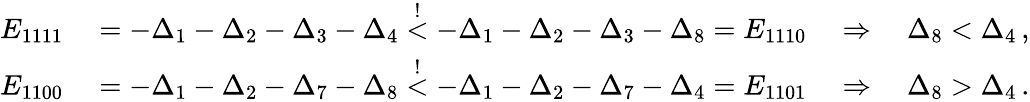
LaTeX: \begin{array}{rl}{E_{1111}}&{{}=-\Delta_{1}-\Delta_{2}-\Delta_{3}-\Delta_{4}\stackrel{!}{<}-\Delta_{1}-\Delta_{2}-\Delta_{3}-\Delta_{8}=E_{1110}\quad\Rightarrow\quad\Delta_{8}<\Delta_{4}\, ,}\\ {E_{1100}}&{{}=-\Delta_{1}-\Delta_{2}-\Delta_{7}-\Delta_{8}\stackrel{!}{<}-\Delta_{1}-\Delta_{2}-\Delta_{7}-\Delta_{4}=E_{1101}\quad\Rightarrow\quad\Delta_{8}>\Delta_{4}\, .}\end{array}